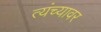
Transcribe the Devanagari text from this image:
त्यंच्यावर